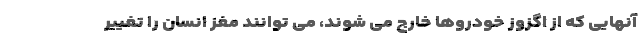
آنهایی که از اگزوز خودروها خارج می شوند، می توانند مغز انسان را تغییر